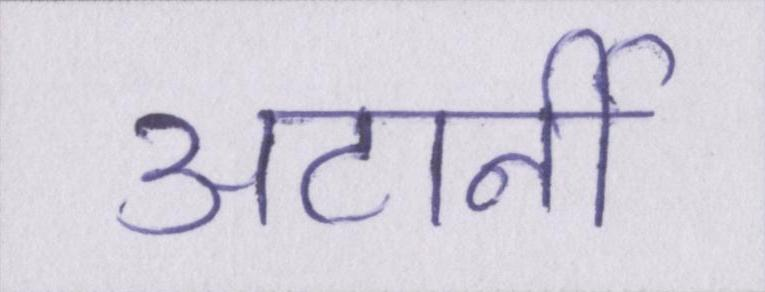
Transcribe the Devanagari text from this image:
अटार्नी